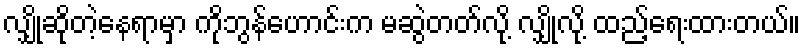
လျှိုဆိုတဲ့နေရာမှာ ကိုဘွန်ဟောင်းက မဆွဲတတ်လို့ လျှိုလို့ ထည့်ရေးထားတယ်။